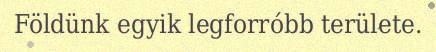
Földünk egyik legforróbb területe.